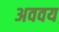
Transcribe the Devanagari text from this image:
अववय